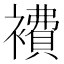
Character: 𧝇